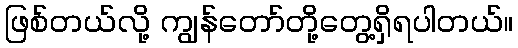
ဖြစ်တယ်လို့ ကျွန်တော်တို့တွေ့ရှိရပါတယ်။